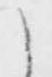
之